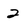
Character: 2